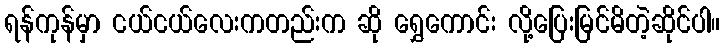
ရန်ကုန်မှာ ငယ်ငယ်လေးကတည်းက ဆို ရွှေကောင်း လို့ပြေးမြင်မိတဲ့ဆိုင်ပါ။